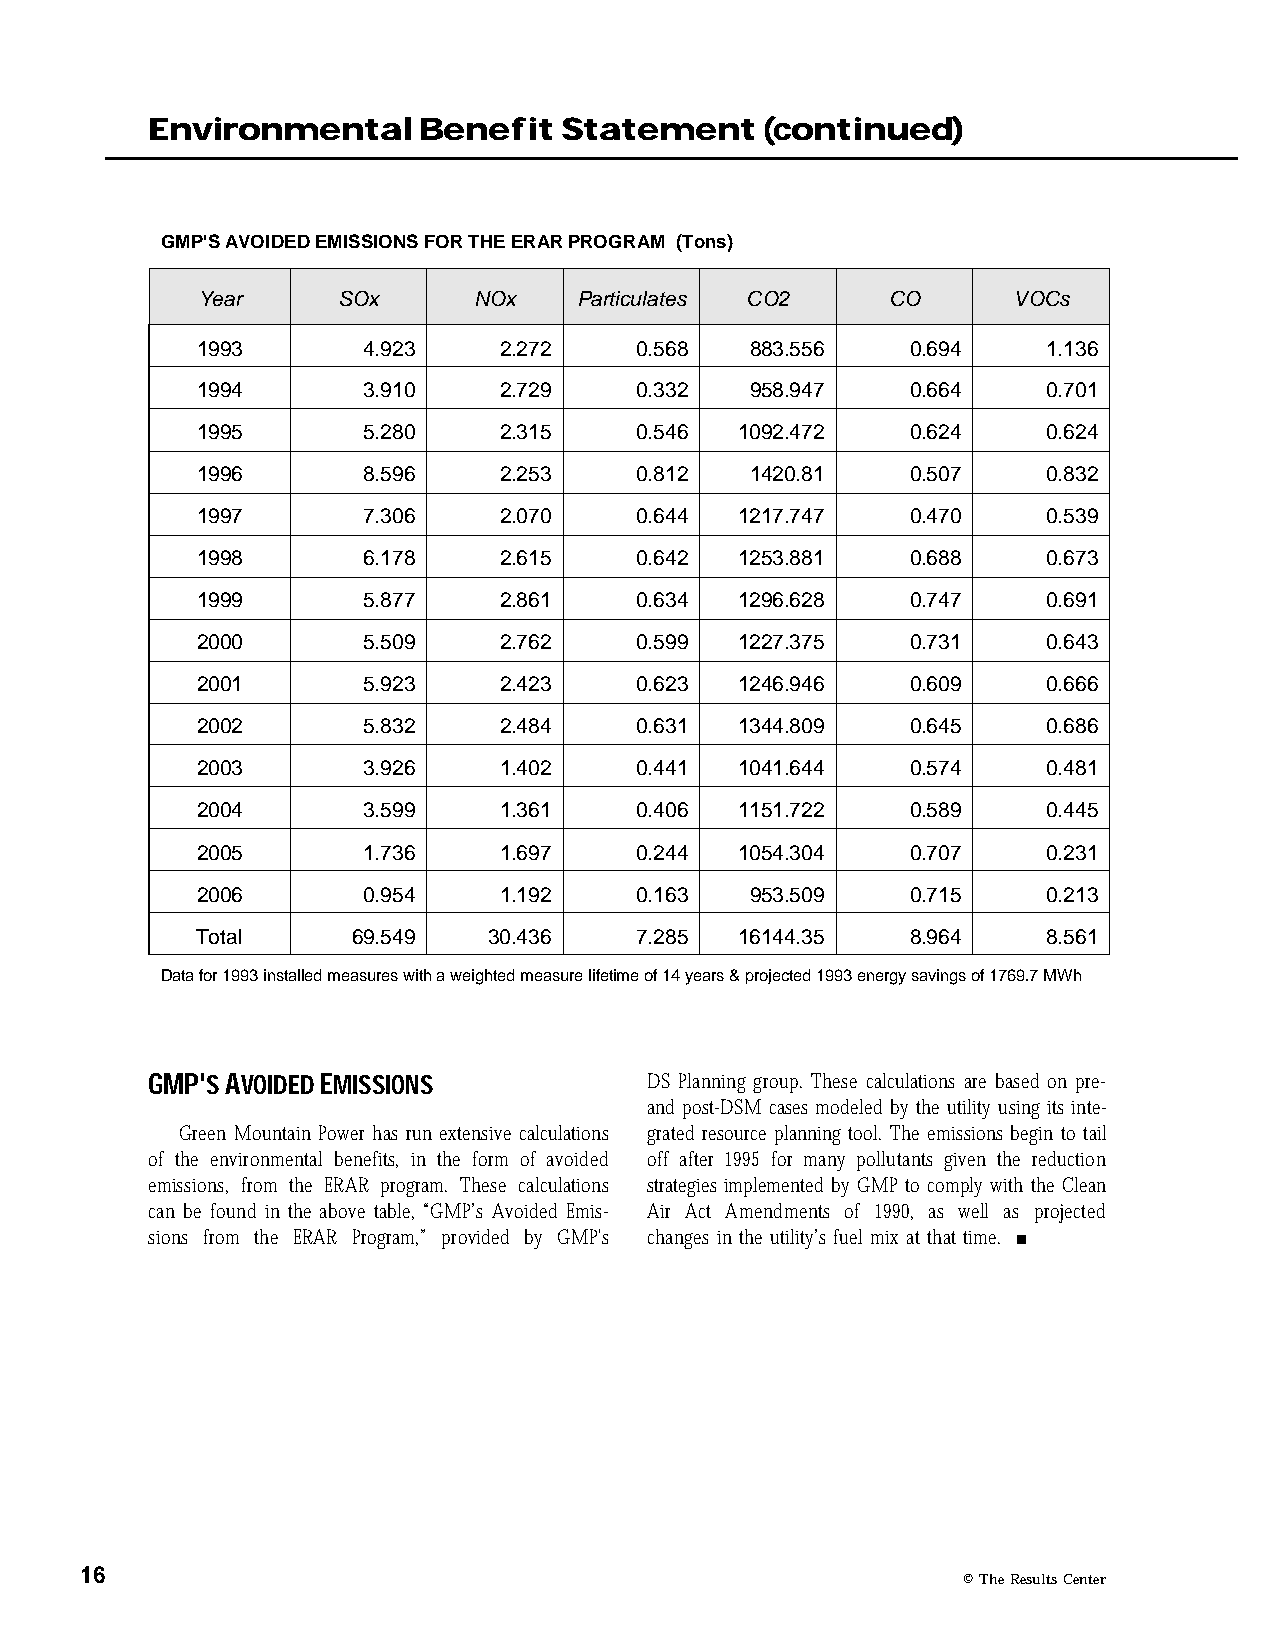
Environmental     Benefit  Statement     (continued)
 GMP'S AVOIDED EMISSIONS FOR THE ERAR PROGRAM (Tons)
 Year     SOx      NOx    Particulates CO2     CO      VOCs
 1993       4.923    2.272    0.568   883.556   0.694    1.136
 1994       3.910    2.729    0.332   958.947   0.664    0.701
 1995       5.280    2.315    0.546  1092.472   0.624    0.624
 1996       8.596    2.253    0.812   1420.81   0.507    0.832
 1997       7.306    2.070    0.644  1217.747   0.470    0.539
 1998       6.178    2.615    0.642  1253.881   0.688    0.673
 1999       5.877    2.861    0.634  1296.628   0.747    0.691
 2000       5.509    2.762    0.599  1227.375   0.731    0.643
 2001       5.923    2.423    0.623  1246.946   0.609    0.666
 2002       5.832    2.484    0.631  1344.809   0.645    0.686
 2003       3.926    1.402    0.441  1041.644   0.574    0.481
 2004       3.599    1.361    0.406  1151.722   0.589    0.445
 2005       1.736    1.697    0.244  1054.304   0.707    0.231
 2006       0.954    1.192    0.163   953.509   0.715    0.213
 Total     69.549   30.436    7.285  16144.35   8.964    8.561
 Data for 1993 installed measures with a weighted measure lifetime of 14 years & projected 1993 energy savings of 1769.7 MWh
 GMP'S AVOIDED EMISSIONS          DS Planning group. These calculations are based on pre-
 and post-DSM cases modeled by the utility using its inte-
 Green Mountain Power has run extensive calculations grated resource planning tool. The emissions begin to tail
 of the environmental benefits, in the form of avoided off after 1995 for many pollutants given the reduction
 emissions, from the ERAR program. These calculations strategies implemented by GMP to comply with the Clean
 can be found in the above table, “GMP’s Avoided Emis- Air Act Amendments of 1990, as well as projected
 sions from the ERAR Program,” provided by GMP's changes in the utility’s fuel mix at that time. n
 16
 © The Results Center